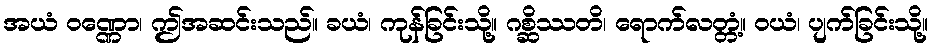
အယံ ဝဏ္ဏော၊ ဤအဆင်းသည်။ ခယံ၊ ကုန်ခြင်းသို့။ ဂစ္ဆိဿတိ၊ ရောက်လတ္တံ့။ ဝယံ၊ ပျက်ခြင်းသို့။